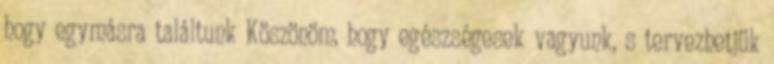
hogy egymásra találtunk Köszönöm, hogy egészségesek vagyunk, s tervezhetjük